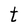
Character: t